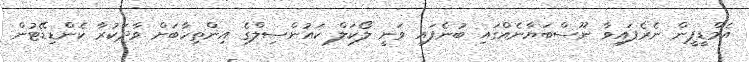
އެމްޑީޕީން ނެރެފައިވާ ނޫސްބަޔާނެއްގައި ބުނެފައި ވަނީ ލޯކަލް ކައުންސިލްގެ އިންތިހާބަށް ވާދަކުރާ ކެންޑިޑޭޓުން